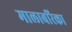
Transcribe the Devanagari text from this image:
मालाबरिका